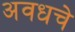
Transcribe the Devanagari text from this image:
अवधचे